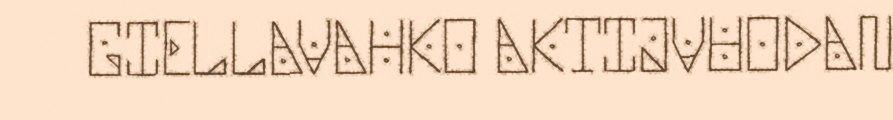
GIELLAVAHKO AKTIJVUODAN